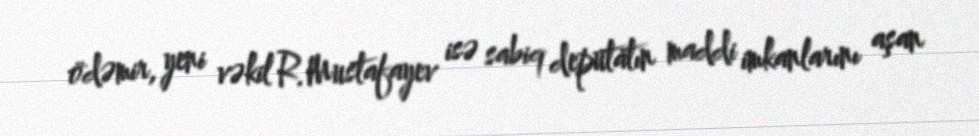
ödəmir, yeni vəkil R.Mustafayev isə sabiq deputatın maddi imkanlarını aşan